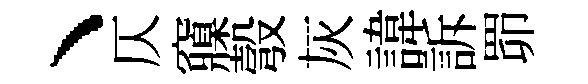
丶仄䆿彀灰諱訴𦊑